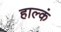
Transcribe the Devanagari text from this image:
हाल्कं